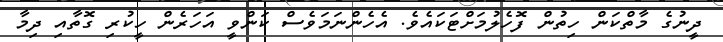
ދީނުގެ މާތްކަން ހިތުން ފޮހެލުމަށްޓަކައެވެ. އެހެންނަމަވެސް ކަންވީ އަހަރެން ހީކުރި ގޮތާއި ދިމާ